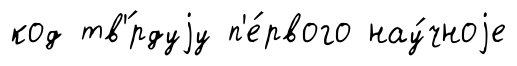
код тв'́рдуjу п'е́рвого нау́чноjе